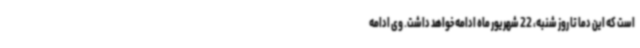
است که این دما تا روز شنبه، 22 شهریور ماه ادامه خواهد داشت. وی ادامه